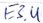
Text: E3.4